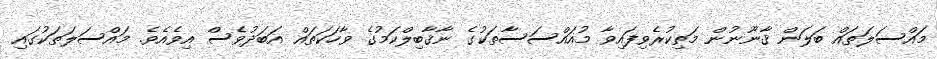
މައްސަލަތައް ބަލަން ޤާނޫނުން މަތިކުރެވިފައިވާ މުއައްސަސާތަކުގެ ނާޤާބިލްކަމުގެ ވާހަކަތައް އަބަދުވެސް އިވެއެވެ. މައްސަލަތަކުގައި